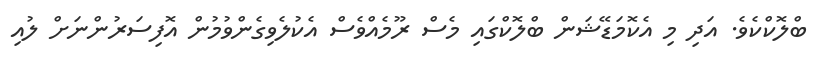
ބްލޮކްކެވެ. އަދި މި އެކޮމަޑޭޝަން ބްލޮކްގައި މެސް ރޫމެއްވެސް އެކުލެވިގެންވުމުން އޮފިސަރުންނަށް ލުއި